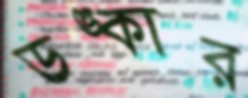
ডঙ্কার